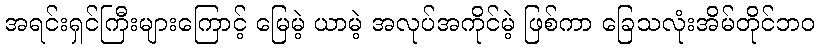
အရင်းရှင်ကြီးများကြောင့် မြေမဲ့ ယာမဲ့ အလုပ်အကိုင်မဲ့ ဖြစ်ကာ ခြေသလုံးအိမ်တိုင်ဘဝ